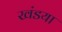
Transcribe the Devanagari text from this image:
खंडया